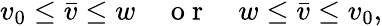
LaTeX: v_{0}\leq\bar{v}\leq w\quad\mathrm{~o~r~}\quad w\leq\bar{v}\leq v_{0},